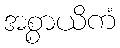
အစ္စာယိကံ